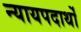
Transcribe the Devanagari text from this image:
न्यायपदार्थों